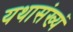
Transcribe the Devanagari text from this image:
यथासंख्यं